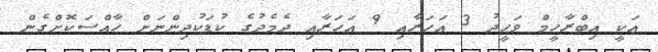
އަކީ އިބްރާހީމް ވަޙީދު 3 އަހަރާއި 9 އަހަރާއި ދެމެދުގެ ކުޑަކުދިންނަށް ހާއްސަކޮށްގެން